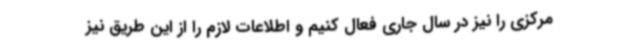
مرکزی را نیز در سال جاری فعال کنیم و اطلاعات لازم را از این طریق نیز